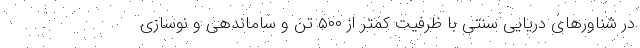
در شناورهای دریایی سنتی با ظرفیت کمتر از ۵۰۰ تن و ساماندهی و نوسازی